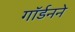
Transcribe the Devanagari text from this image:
गॉर्डनने